Indian journal of veterinary science and animal husbandry - Volume 2,
Year: 1932
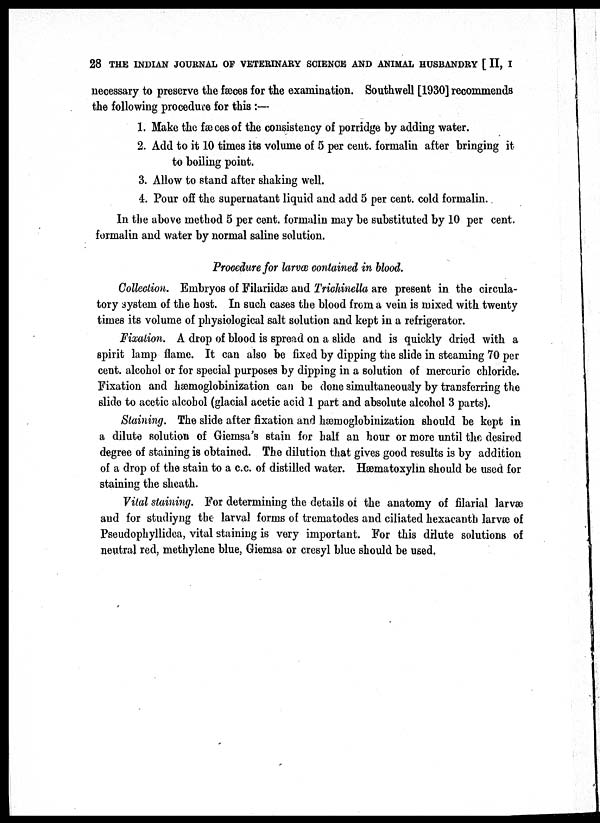
28 THE INDIAN JOURNAL OF VETERINARY SCIENCE AND ANIMAL HUSBANDRY [ II, I
necessary to preserve the fæces for the examination. Southwell [1930] recommends
the following procedure for this :—
1. Make the fæces of the consistency of porridge by adding water.
2. Add to it 10 times its volume of 5 per cent. formalin after bringing it
to boiling point.
3. Allow to stand after shaking well.
4. Pour off the supernatant liquid and add 5 per cent. cold formalin.
In the above method 5 per cent. formalin may be substituted by 10 per cent.
formalin and water by normal saline solution.
Procedure for larvæ contained in blood.
Collection. Embryos of Filariidæ and Trichinella are present in the circula-
tory system of the host. In such cases the blood from a vein is mixed with twenty
times its volume of physiological salt solution and kept in a refrigerator.
Fixation. A drop of blood is spread on a slide and is quickly dried with a
spirit lamp flame. It can also be fixed by dipping the slide in steaming 70 per
cent.alcohol or for special purposes by dipping in a solution of mercuric chloride.
Fixation and hæmoglobinization can be done simultaneously by transferring the
slide to acetic alcohol (glacial acetic acid 1 part and absolute alcohol 3 parts).
Staining. The slide after fixation and hæmoglobinization should be kept in
a dilute solution of Giemsa's stain for half an hour or more until the desired
degree of staining is obtained. The dilution that gives good results is by addition
of a drop of the stain to a c.c. of distilled water. Hæmatoxylin should be used for
staining the sheath.
Vital staining. For determining the details of the anatomy of filarial larvæ
and for studiyng the larval forms of trematodes and ciliated hexacanth larvae of
Pseudophyllidea, vital staining is very important. For this dilute solutions of
neutral red, methylene blue, Giemsa or cresyl blue should be used.